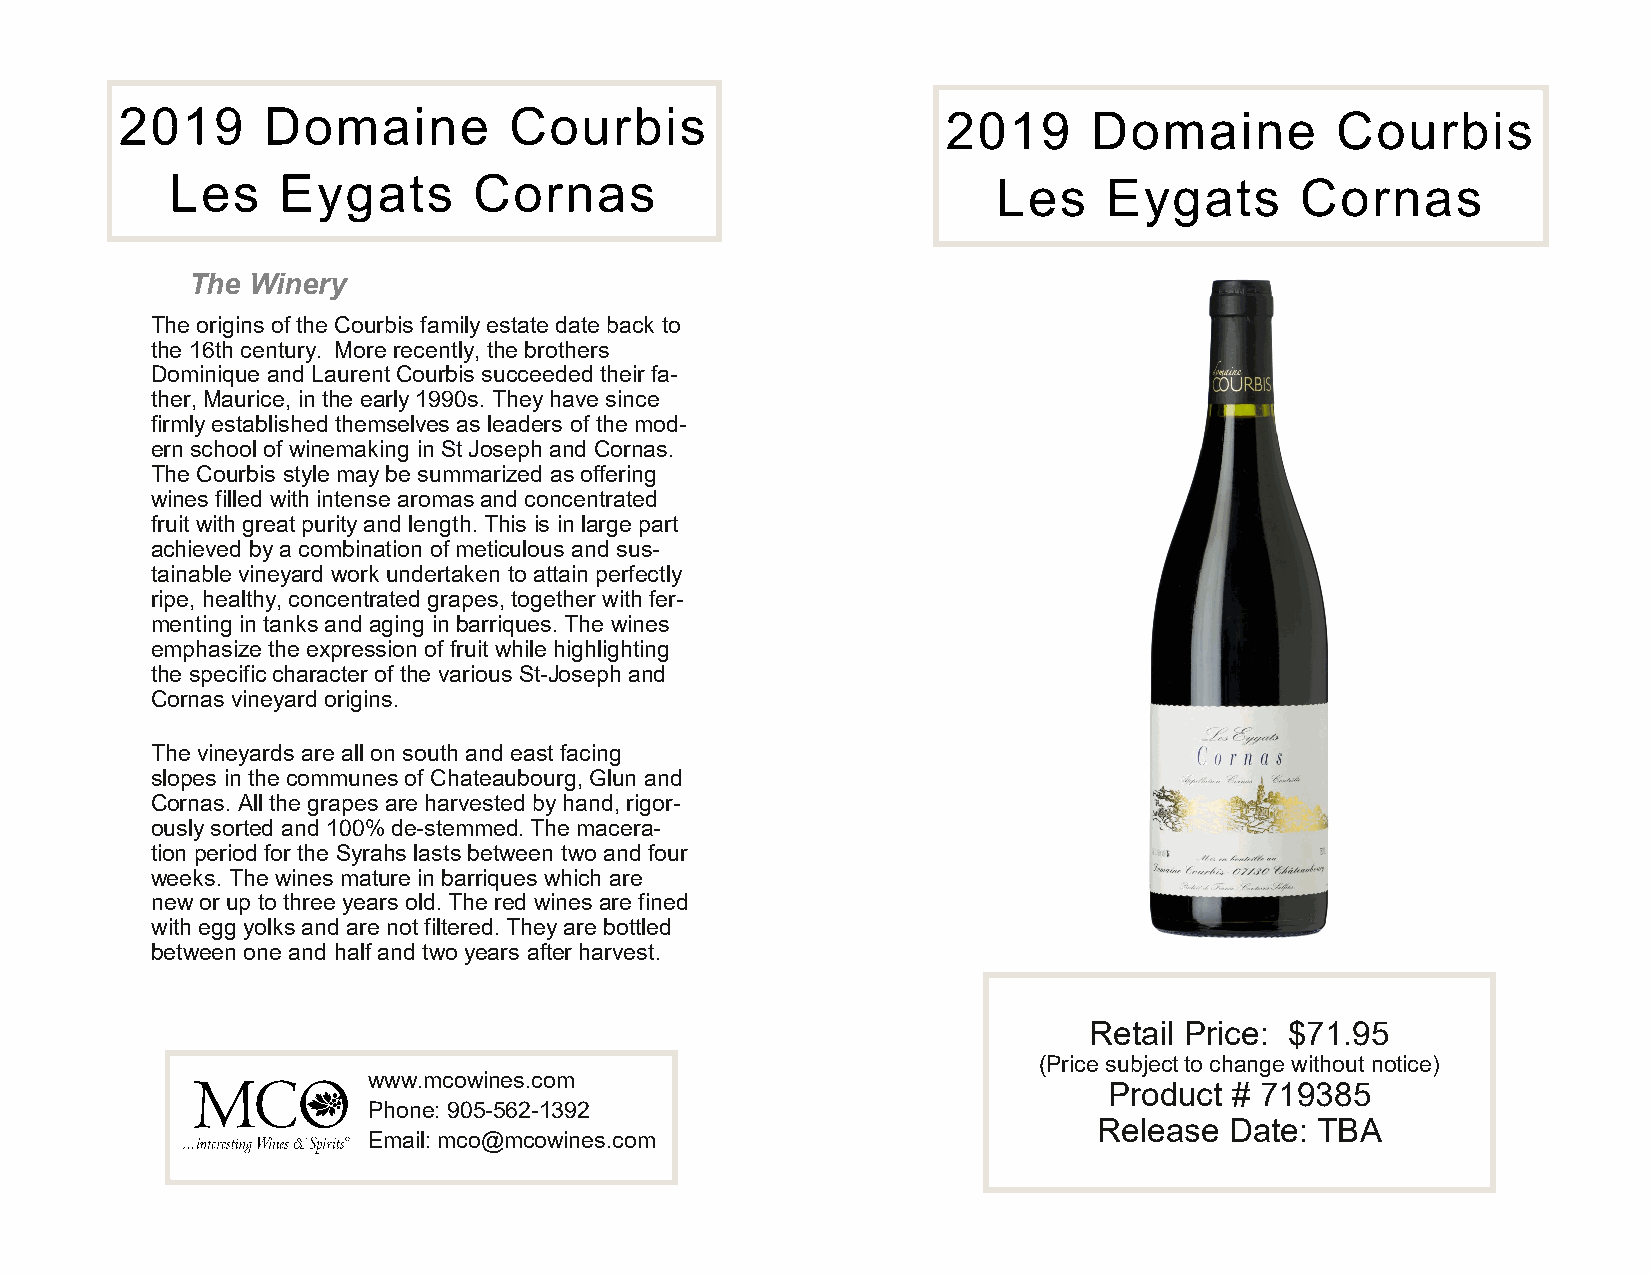
2019     Domaine          Courbis                      2019     Domaine         Courbis
 Les    Eygats       Cornas                             Les    Eygats       Cornas
 The Winery
 The origins of the Courbis family estate date back to
 the 16th century. More recently, the brothers
 Dominique and Laurent Courbis succeeded their fa-
 ther, Maurice, in the early 1990s. They have since
 firmly established themselves as leaders of the mod-
 ern school of winemaking in St Joseph and Cornas.
 The Courbis style may be summarized as offering
 wines filled with intense aromas and concentrated
 fruit with great purity and length. This is in large part
 achieved by a combination of meticulous and sus-
 tainable vineyard work undertaken to attain perfectly
 ripe, healthy, concentrated grapes, together with fer-
 menting in tanks and aging in barriques. The wines
 emphasize the expression of fruit while highlighting
 the specific character of the various St-Joseph and
 Cornas vineyard origins.
 The vineyards are all on south and east facing
 slopes in the communes of Chateaubourg, Glun and
 Cornas. All the grapes are harvested by hand, rigor-
 ously sorted and 100% de-stemmed. The macera-
 tion period for the Syrahs lasts between two and four
 weeks. The wines mature in barriques which are
 new or up to three years old. The red wines are fined
 with egg yolks and are not filtered. They are bottled
 between one and half and two years after harvest.
 Retail Price: $71.95
 (Price subject to change without notice)
 www. mcowines.com
 Product  # 719385
 Phone: 905-562-1392
 Release Date: TBA
 Email: mco@mcowines.com